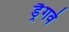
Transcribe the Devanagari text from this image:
ड्रैगवे